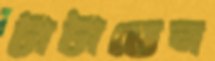
টাটাতেন